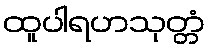
ထူပါရဟသုတ္တံ